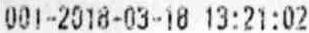
001-2018-03-18 13:21:02